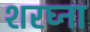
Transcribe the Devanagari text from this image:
शरघ्ना